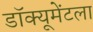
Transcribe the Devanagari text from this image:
डॉक्यूमेंटला